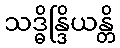
သဒ္ဓိန္ဒြိယန္တိ